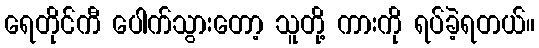
ရေတိုင်ကီ ပေါက်သွားတော့ သူတို့ ကားကို ရပ်ခဲ့ရတယ်။